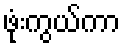
ဖုံးကွယ်ကာ